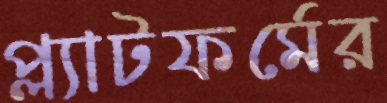
প্ল্যাটফর্মের